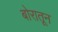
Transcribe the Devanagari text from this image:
बोरातून